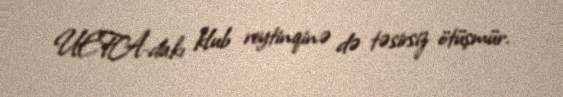
UEFA-dakı klub reytinqinə də təsirsiz ötüşmür.